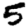
Digit: 5